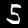
Label: 5